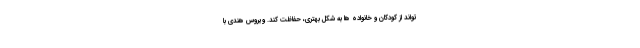
تواند از کودکان و خانواده ها به شکل بهتری، حفاظت کند. ویروس هندی با